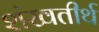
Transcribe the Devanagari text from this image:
शंखतीर्थ